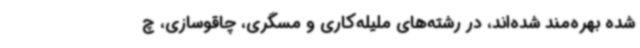
شده بهره‌مند شده‌اند، در رشته‌های ملیله‌کاری و مسگری، چاقوسازی، چ